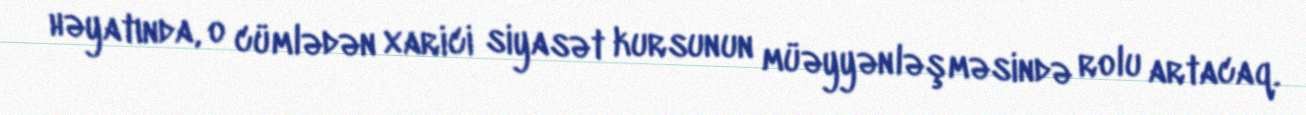
həyatında, o cümlədən xarici siyasət kursunun müəyyənləşməsində rolu artacaq.